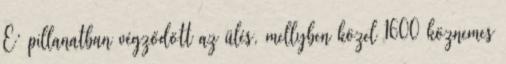
E’ pillanatban végződött az ülés, mellyben közel 1600 köznemes